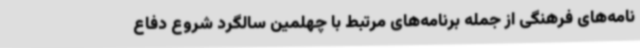
نامه‌های فرهنگی از جمله برنامه‌های مرتبط با چهلمین سالگرد شروع دفاع